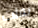
يفلت